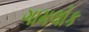
ગામલોક